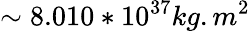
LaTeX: \sim 8.010*10^{37}kg.m^{2}